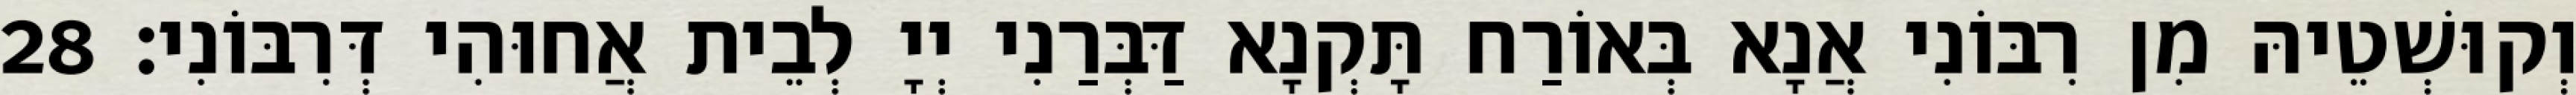
וְקוּשְׁטֵיהּ מִן רִבּוֹנִי אֲנָא בְּאוֹרַח תָּקְנָא דַּבְּרַנִי יְיָ לְבֵית אֲחוּהִי דְּרִבּוֹנִי׃ 28